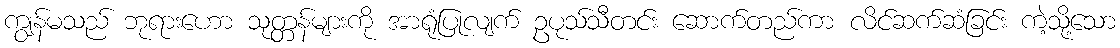
ကျွန်မသည် ဘုရားဟော သုတ္တန်များကို အာရုံပြုလျက် ဥပုသ်သီတင်း ဆောက်တည်ကာ လိင်ဆက်ဆံခြင်း ကဲ့သို့သော